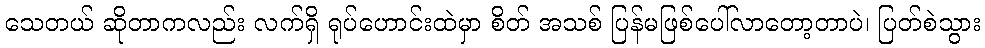
သေတယ် ဆိုတာကလည်း လက်ရှိ ရုပ်ဟောင်းထဲမှာ စိတ် အသစ် ပြန်မဖြစ်ပေါ်လာတော့တာပဲ၊ ပြတ်စဲသွား